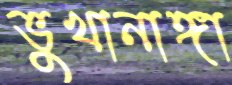
ভুখানাঙ্গা